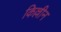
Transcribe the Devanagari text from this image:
किल्लीन